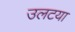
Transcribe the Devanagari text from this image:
उलटया